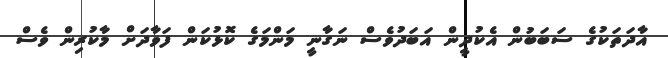
އާދަތަކުގެ ސަބަބުން އެކުދީން އަބަދުވެސް ނަގާނީ މަންމަގެ ކޮޅުކަން ފަވާދަށް މާކުރިން ވެސް